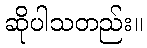
ဆိုပါသတည်း။